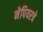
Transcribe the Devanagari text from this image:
नेपियरचे